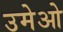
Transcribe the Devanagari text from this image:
उमेओ